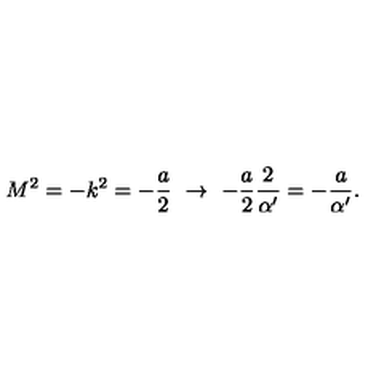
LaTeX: M ^ { 2 } = - k ^ { 2 } = - \frac { a } { 2 } \ \to \ - \frac { a } { 2 } \frac { 2 } { \alpha ^ { \prime } } = - \frac { a } { \alpha ^ { \prime } } .